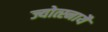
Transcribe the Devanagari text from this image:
ज्योत्स्नायै